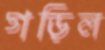
গড়িল